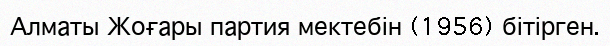
Алматы Жоғары партия мектебін (1956) бітірген.